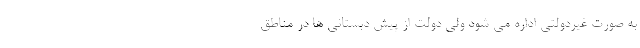
به صورت غیردولتی اداره می شود ولی دولت از پیش دبستانی ها در مناطق